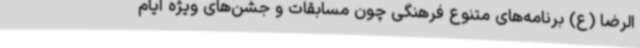
الرضا (ع) برنامه‌های متنوع فرهنگی چون مسابقات و جشن‌های ویژه ایام